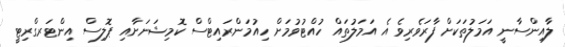
ލާއިންސާނީ އަމަލުތަކަށް ފާރަވެރިވެ އެ އަމަލުތައް ހުއްޓުވުމަށް ހިއުމަންރައިޓްސް ކޮމިޝަނަށާއި ޕޮލިސް އިންޓަރގްރިޓީ